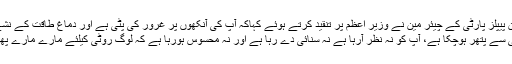
پاکستان پیپلز پارٹی کے چیئر مین نے وزیر اعظم پر تنقید کرتے ہوئے کہاکہ آپ کی آنکھوں پر غرور کی پٹی ہے اور دماغ طاقت کے نشے میں ہے،
دل بے حسی سے پتھر ہوچکا ہے، آپ کو نہ نظر آرہا ہے نہ سنائی دے رہا ہے اور نہ محسوس ہورہا ہے کہ لوگ روٹی کیلئے مارے مارے پھر رہے ہیں۔